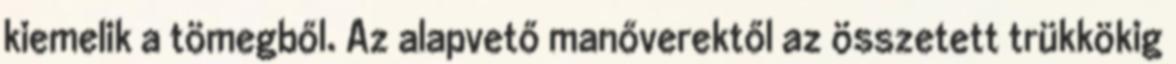
kiemelik a tömegből. Az alapvető manőverektől az összetett trükkökig